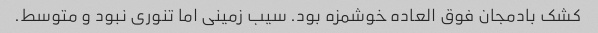
کشک بادمجان فوق العاده خوشمزه بود. سیب زمینی اما تنوری نبود و متوسط.